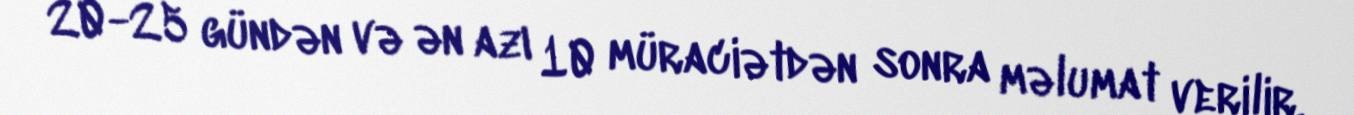
20-25 gündən və ən azı 10 müraciətdən sonra məlumat verilir.